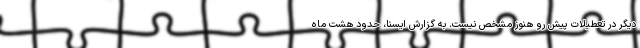
دیگر در تعطیلات پیش رو هنوز مشخص نیست. به گزارش ایسنا، حدود هشت ماه